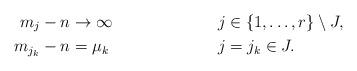
LaTeX: \begin{align*}m_j - n & \to \infty && j \in \{1, \ldots, r\} \setminus J, \\m_{j_k} - n &= \mu_k && j = j_k \in J. \end{align*}